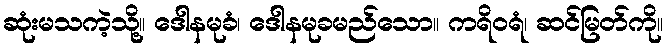
ဆုံးမသကဲ့သို့။ ဒေါနမုခံ၊ ဒေါနမုခမည်သော။ ကရိဝရံ၊ ဆင်မြတ်ကို။